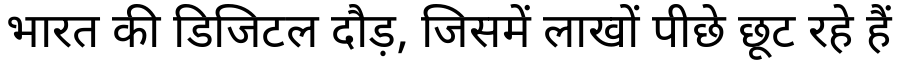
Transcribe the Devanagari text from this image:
भारत की डिजिटल दौड़, जिसमें लाखों पीछे छूट रहे हैं